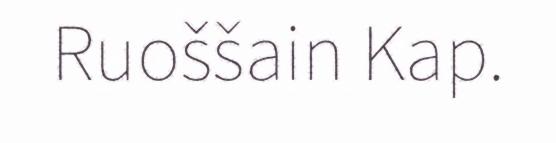
Ruoššain Kap.